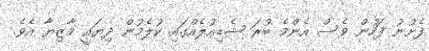
ފެށުނު ފަހުން ވެސް އެންމެ ބުރަ ޝެޑިއުލެއްގައި ކުލެމުން ދިޔައީ މާޒިޔާ އެވެ.